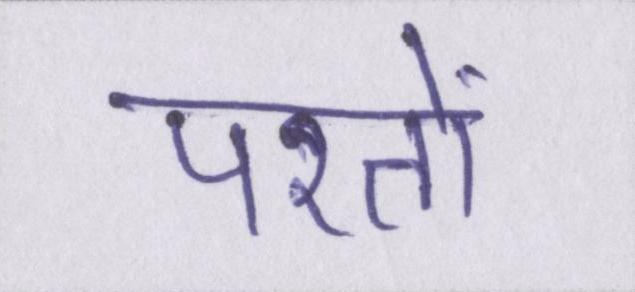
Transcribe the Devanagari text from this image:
परतों